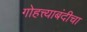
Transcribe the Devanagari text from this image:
गोहत्त्याबंदीचा